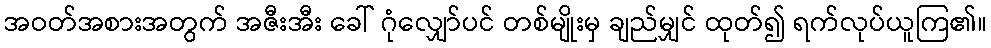
အဝတ်အစားအတွက် အဇီးအီး ခေါ် ဂုံလျှော်ပင် တစ်မျိုးမှ ချည်မျှင် ထုတ်၍ ရက်လုပ်ယူကြ၏။